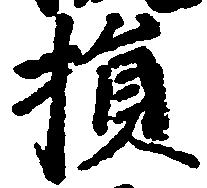
損